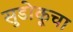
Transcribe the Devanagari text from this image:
सुडोकूचा